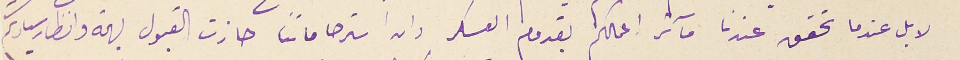
لا بل عندما تحقق عندنا مآثر اعمالكم بقدوم العسكر وان استرحاماتنا حازت القبول بهمة وانظار سيادتكم